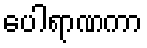
ပေါရာဏကာ